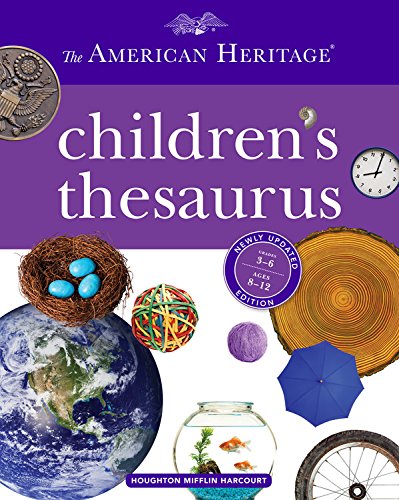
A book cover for The American Heritage Children's Thesaurus; Paul Hellweg; Reference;